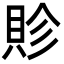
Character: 䝩